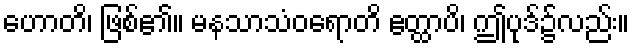
ဟောတိ၊ ဖြစ်၏။ မနသာသံဝရောတိ ဧတ္ထာပိ၊ ဤပုဒ်၌လည်း။